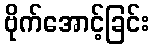
ဗိုက်အောင့်ခြင်း